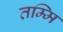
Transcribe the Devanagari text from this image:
तम्मि